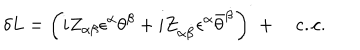
LaTeX: \delta L = \left( i Z _ { \alpha \beta } \epsilon ^ { \alpha } \theta ^ { \beta } + i Z _ { \alpha \dot { \beta } } \epsilon ^ { \alpha } { \bar { \theta } } ^ { \dot { \beta } } \right) ^ { \cdot } { } + \quad \mathrm { c . { } c . }